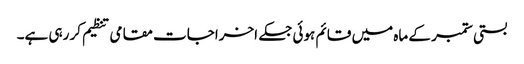
بستی ستمبر کے ماہ میں قائم ہوئی جسکے اخراجات مقامی تنظیم کر رہی ہے۔